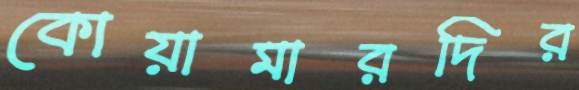
কোয়ামারদির